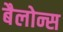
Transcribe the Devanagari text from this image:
बैलोन्स